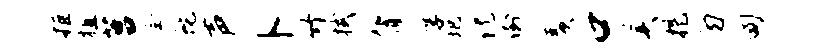
拒植莒全蛇声卜竹拭膂厚圯倪倒羡口美提勿甸